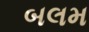
બલમ